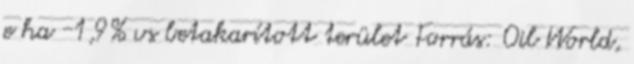
e ha -1,9% vs betakarított terület Forrás: Oil World,